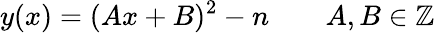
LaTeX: y(x)=(Ax+B)^{2}-n\qquad A,B\in\mathbb{Z}